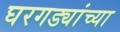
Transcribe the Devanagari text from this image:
घरगड्यांच्या